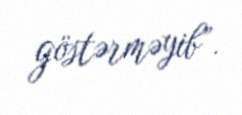
göstərməyib”.